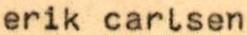
erik carlsen